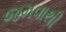
જમવાથી